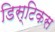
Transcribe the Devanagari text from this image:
डिस्टिकस